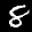
Label: 8